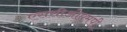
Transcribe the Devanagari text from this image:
एससीओएमपी